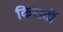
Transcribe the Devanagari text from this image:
किरादों